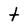
Character: t